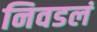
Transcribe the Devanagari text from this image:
निवडलं